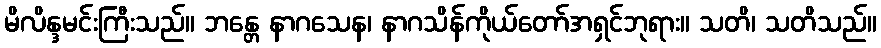
မိလိန္ဒမင်းကြီးသည်။ ဘန္တေ နာဂသေန၊ နာဂသိန်ကိုယ်တော်အရှင်ဘုရား။ သတိ၊ သတိသည်။